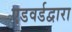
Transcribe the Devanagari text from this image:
एडवर्डद्वारा